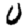
Digit: 0